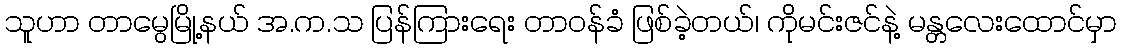
သူဟာ တာမွေမြို့နယ် အ.က.သ ပြန်ကြားရေး တာဝန်ခံ ဖြစ်ခဲ့တယ်၊ ကိုမင်းဇင်နဲ့ မန္တလေးထောင်မှာ